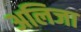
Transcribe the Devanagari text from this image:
अलिजा